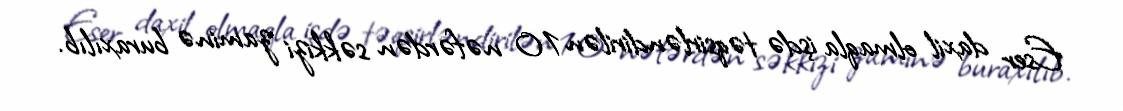
Eser daxil olmaqla işdə təqsirləndirilən 10 nəfərdən səkkizi zaminə buraxılıb.